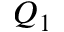
Q _ { 1 }